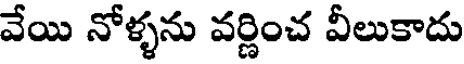
వేయి నోళ్ళను వర్ణించ వీలుకాదు